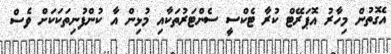
އެގޮތުން މިހާރު އޮޕަރޭޓް ކުރާ ޓެކްސީ ސެންޓަރުތަކާއި މުޅިން އާ ކުންފުނިތަކަކަށް ވެސް